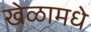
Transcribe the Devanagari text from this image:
खेळामधे